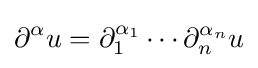
\partial ^{\alpha }u=\partial _{1}^{\alpha _{1}}\cdots \partial _{n}^{\alpha _{n}}u